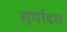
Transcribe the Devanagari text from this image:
सुर्यादय